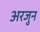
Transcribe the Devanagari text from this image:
अरजुन